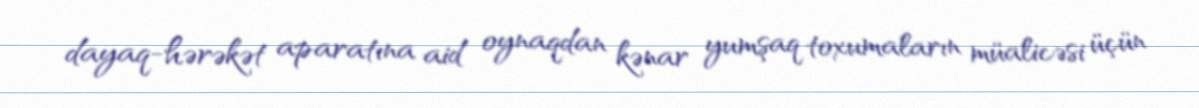
dayaq-hərəkət aparatına aid oynaqdan kənar yumşaq toxumaların müalicəsi üçün